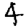
Digit: 4